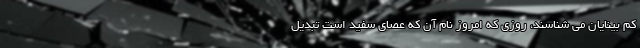
کم بینایان می شناسند، روزی که امروز نام آن که عصای سفید است تبدیل